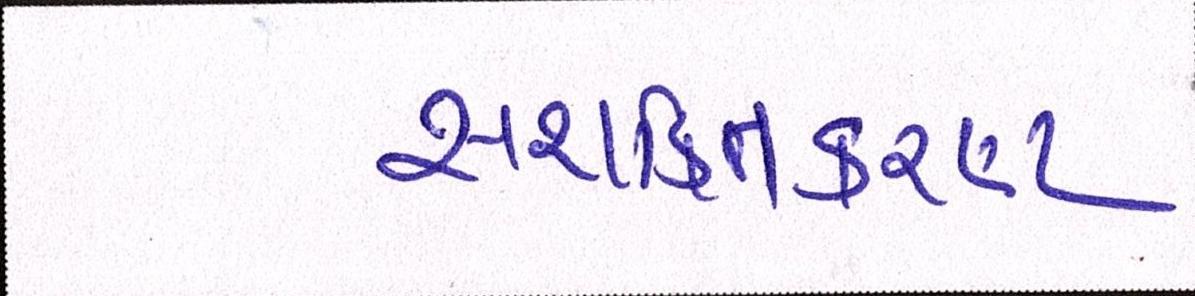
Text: સશક્તિકરણ